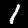
Digit: 1